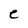
Character: e